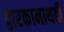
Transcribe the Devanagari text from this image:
द्वारकानाथही